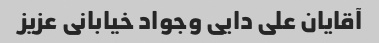
آقایان علی دایی وجواد خیابانی عزیز